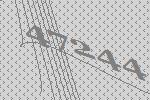
47244